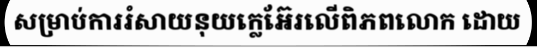
សម្រាប់ការរំសាយនុយក្លេអ៊ែរលើពិភពលោក ដោយ